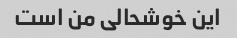
این خوشحالی من است